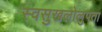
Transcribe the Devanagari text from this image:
स्वसुखलोलुपता